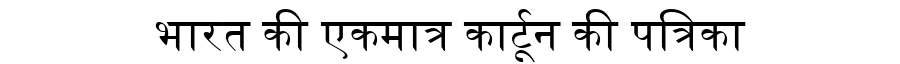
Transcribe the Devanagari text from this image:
भारत की एकमात्र कार्टून की पत्रिका